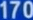
170